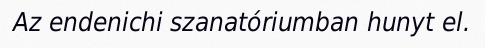
Az endenichi szanatóriumban hunyt el.